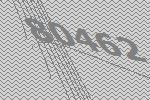
80462